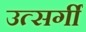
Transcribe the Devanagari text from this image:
उत्सर्गीं